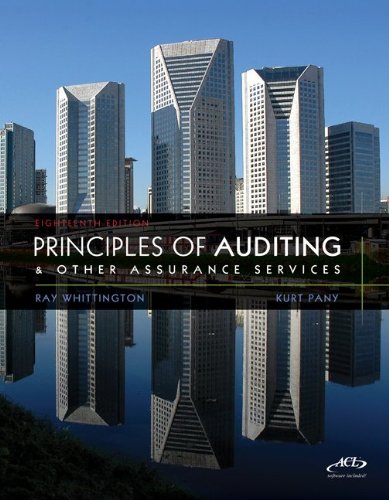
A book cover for Principles of Auditing & Other Assurance Services; Ray Whittington; Business & Money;